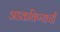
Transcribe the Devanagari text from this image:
अडकविण्याची